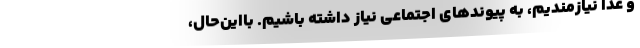
و غذا نیازمندیم، به پیوندهای اجتماعی نیاز داشته باشیم. بااین‌حال،